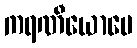
ကရဏီယောပေ